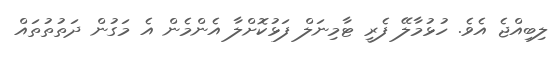
ލިބިއްޖެ އެވެ. ހުޅުމާލޭ ފެރީ ޓާމިނަލް ފަޅުކޮށްލާ އެންމެން އެ މަގުން ދަތުތުތައް